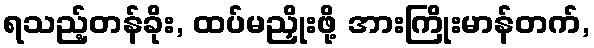
ရသည့်တန်ခိုး, ထပ်မညှိုးဖို့ အားကြိုးမာန်တက်,